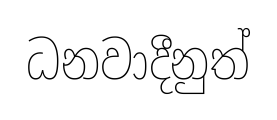
ධනවාදීනුත්